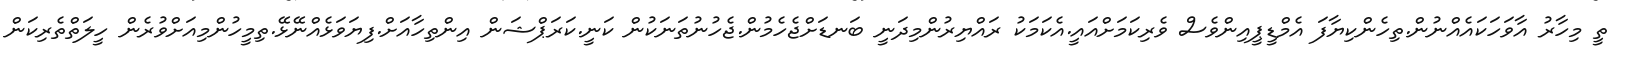
ތީ މިހާރު އާވަހަކައެއްނުން.ތިހެންކިޔާފަ އެމްޑީޕީއިންވެސް ވެރިކަމަށްއައީ.އެކަމަކު ރައްޔިރުންމިދަނީ ބަނޑަށްޖެހެމުން.ޖެހުނުތަނަކުން ކަނީ.ކަރަޕްޝަން އިންތިހާއަށް.ފިޔަވަޅެއްނޭޅޭ.ތިމީހުންމިއަށްވުރެން ހީލަތްތެރިކަން